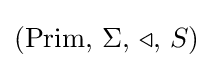
({\text{Prim}},\,\Sigma ,\,\triangleleft ,\,S)